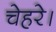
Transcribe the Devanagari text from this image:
चेहरे।